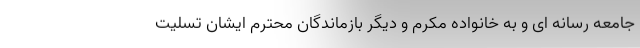
جامعه رسانه ای و به خانواده‌ مکرّم و دیگر بازماندگان محترم ایشان تسلیت